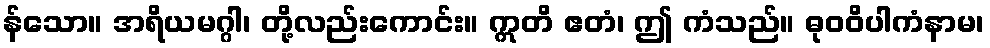
န်သော။ အရိယမဂ္ဂါ၊ တို့လည်းကောင်း။ ဣတိ ဧတံ၊ ဤ ကံသည်။ ဓုဝဝိပါကံနာမ၊